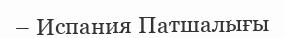
– Испания Патшалығы